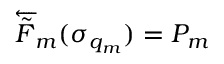
\overleftarrow { \tilde { F } } _ { m } ( \sigma _ { q _ { m } } ) = P _ { m }